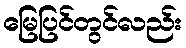
မြေပြင်တွင်လည်း